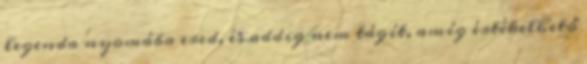
legenda nyomába ered, és addig nem tágít, amíg értékelhető